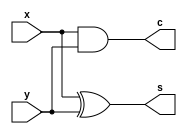
module HalfAdder(s,c,x,y);
    input x,y;
    output s,c;
    xor xor_1(s , x, y);
    and and_1(c , x, y);
endmodule